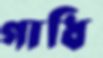
গাধি